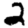
Digit: 2